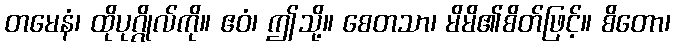
တမေနံ၊ ထိုပုဂ္ဂိုလ်ကို။ ဧဝံ၊ ဤသို့။ စေတသာ၊ မိမိ၏စိတ်ဖြင့်။ စိတော၊